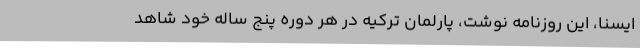
ایسنا، این روزنامه نوشت، پارلمان ترکیه در هر دوره پنج ساله خود شاهد